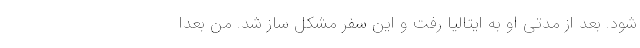
شود. بعد از مدتی او به ایتالیا رفت و این سفر مشکل ساز شد. من بعدا